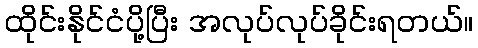
ထိုင်းနိုင်ငံပို့ပြီး အလုပ်လုပ်ခိုင်းရတယ်။